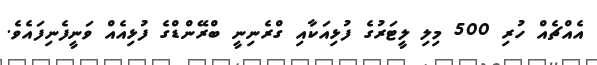
އެއްޗެއް ހުރި 500 މިލި ލީޓަރުގެ ފުޅިއަކާއި ގްރެނިނީ ބްރޭންޑްގެ ފުޅިއެއް ވަނީފެނިފައެވެ.